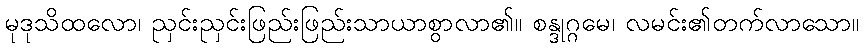
မုဒုသိထလော၊ ညှင်းညှင်းဖြည်းဖြည်းသာယာစွာလာ၏။ စန္ဒုဂ္ဂမေ၊ လမင်း၏တက်လာသော။